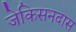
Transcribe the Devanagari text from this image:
जेकिसनदास